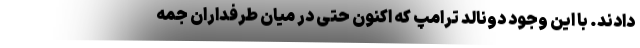
دادند. با این وجود دونالد ترامپ که اکنون حتی در میان طرفداران جمه